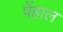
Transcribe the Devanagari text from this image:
पेंहाल